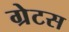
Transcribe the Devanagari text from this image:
ग्रेटस